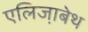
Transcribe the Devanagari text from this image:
एलिजा़बेथ